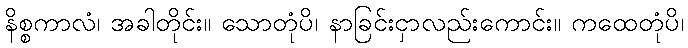
နိစ္စကာလံ၊ အခါတိုင်း။ သောတုံပိ၊ နာခြင်းငှာလည်းကောင်း။ ကထေတုံပိ၊